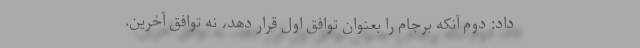
داد: دوم آنکه برجام را بعنوان توافق اول قرار دهد، نه توافق آخرین.